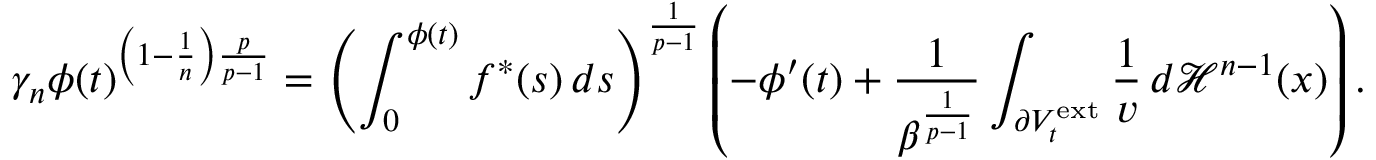
\gamma _ { n } \phi ( t ) ^ { \left( 1 - \frac { 1 } { n } \right) \frac { p } { p - 1 } } = \left( \int _ { 0 } ^ { \phi ( t ) } f ^ { \ast } ( s ) \, d s \right) ^ { \frac { 1 } { p - 1 } } \left( - \phi ^ { \prime } ( t ) + \frac { 1 } { \beta ^ { \frac { 1 } { p - 1 } } } \int _ { \partial V _ { t } ^ { \mathrm { e x t } } } \frac { 1 } { v } \, d \mathcal { H } ^ { n - 1 } ( x ) \right) .